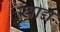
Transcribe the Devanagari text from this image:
ख़ाद्य